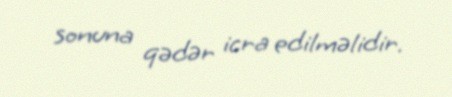
sonuna qədər icra edilməlidir.